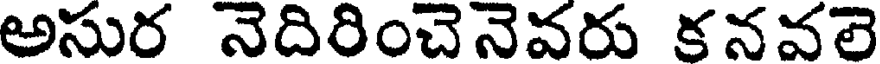
అసుర నెదిరించెనెవరు కనవలె